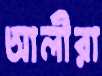
আলীরা